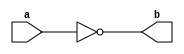
module notgate(a,b);
    input a;
    output b;

    assign b = ~a;
endmodule